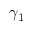
\gamma _ { 1 }